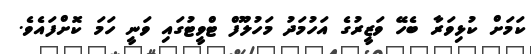
ކަމަށް ކުޅިވަރާ ބެހޭ ވަޒީރުގެ އަހުމަދު މަހުލޫފް ޓްވީޓުގައި ވަނީ ހަމަ ކޮށްފައެވެ.